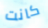
كانت